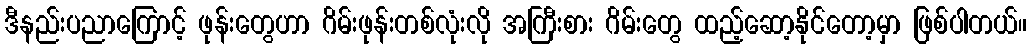
ဒီနည်းပညာကြောင့် ဖုန်းတွေဟာ ဂိမ်းဖုန်းတစ်လုံးလို အကြီးစား ဂိမ်းတွေ ထည့်ဆော့နိုင်တော့မှာ ဖြစ်ပါတယ်။